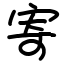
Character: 寄